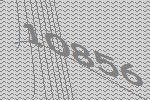
10856